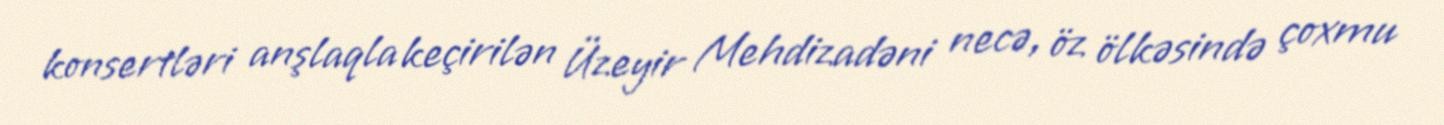
konsertləri anşlaqla keçirilən Üzeyir Mehdizadəni necə, öz ölkəsində çoxmu